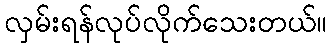
လှမ်းရန်လုပ်လိုက်သေးတယ်။